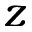
z